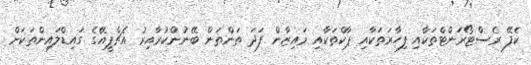
ކެެފޭ ރެސްޓޯރަންޓްތަކާއި ފިހާރަތަކާއި ޕާކްތަކާއި މައިޒާން ފަދަ ތަންތަން ބޭނުންކުރާއިރު އެޗްޕީއޭގެ ގައިޑްލައިންތަކަށް